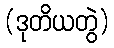
(ဒုတိယတွဲ)